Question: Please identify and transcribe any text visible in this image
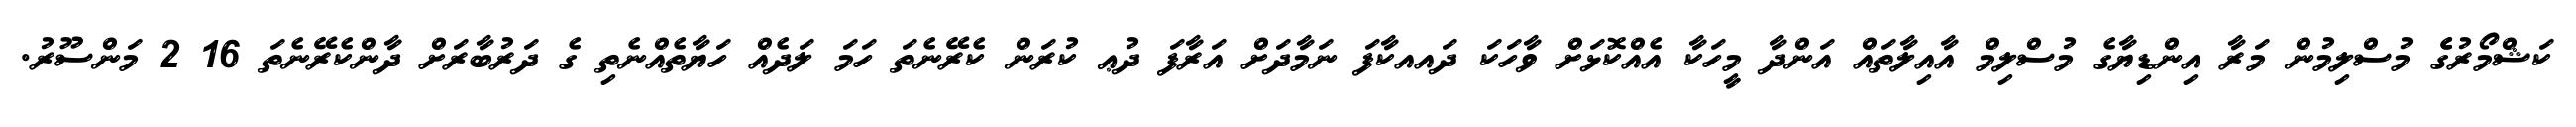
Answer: ކަޝްމޯރުގެެ މުސްލިމުން މަރާ އިންޑިޔާގެ މުސްލިމް އާއިލާތައް އަންދާ މީހަކާ އެއްކޮޅަށް ވާހަކަ ދައއކާފަ ނަމާދަށް އަރާފަ ދުޢ ކުރަން ކެރޭނެތަ ހަމަ ލަދެއް ހަޔާތެއްނެތި ގެ ދަރުބާރަށް ދާންކެރޭނެތަ 16 2 މަންސޫރު.